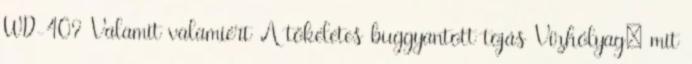
WD-40? Valamit valamiért A tökéletes buggyantott tojás Vízhólyag: mit